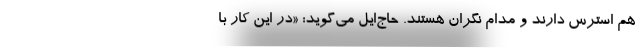
هم استرس دارند و مدام نگران هستند. حاج‌ایل می‌گوید: «در این کار با